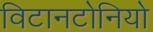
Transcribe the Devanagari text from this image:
विटानटोनियो